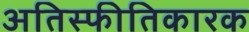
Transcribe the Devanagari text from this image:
अतिस्फीतिकारक